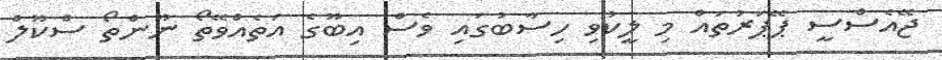
ޖޭއެސްސީ ޕޭޕަރުތައް މި ލީކުވި ހިސާބުގައި ވެސް އިބޫގެ އަތެއްވޭތޯ ނޫންތޯ ސްކޫލް